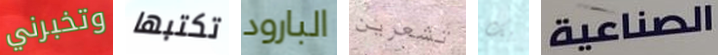
وتخبرني تكتبها البارود تشعرين بك الصناعية